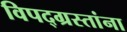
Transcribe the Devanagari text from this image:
विपद्‌ग्रस्तांना